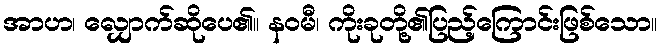
အာဟ၊ လျှောက်ဆိုပေ၏။ နဝမီ၊ ကိုးခုတို့၏ပြည့်ကြောင်းဖြစ်သော။